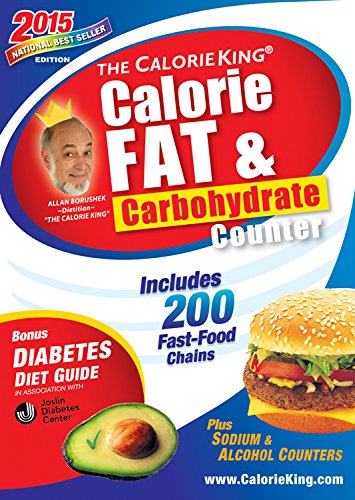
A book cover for The CalorieKing Calorie, Fat & Carbohydrate Counter 2015: Larger Print Edition; Allan Borushek; Health, Fitness & Dieting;